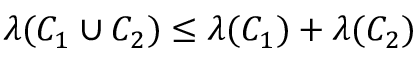
\lambda ( C _ { 1 } \cup C _ { 2 } ) \leq \lambda ( C _ { 1 } ) + \lambda ( C _ { 2 } )